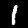
Digit: 1